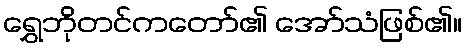
ရွှေဘိုတင်ကတော်၏ အော်သံဖြစ်၏။